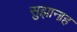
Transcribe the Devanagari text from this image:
सुझानाह